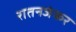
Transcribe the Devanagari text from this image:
रातनजंकर